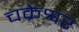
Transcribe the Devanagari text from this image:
चक्रेश्वर